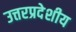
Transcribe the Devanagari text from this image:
उत्तरप्रदेशीय